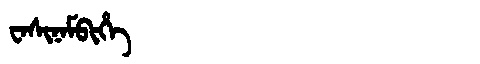
Manchu: ᠸᠠᠰᡳᠨᠠᠮᠪᡳᡥᡝ
Romanization: WASINAMBIHE